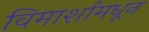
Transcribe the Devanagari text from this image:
विमार्शामधून